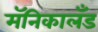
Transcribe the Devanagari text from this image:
मॅनिकालँड